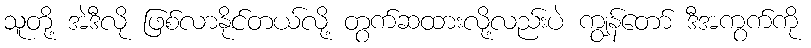
သူတို့ အဲဒီလို ဖြစ်လာနိုင်တယ်လို့ တွက်ဆထားလို့လည်းပဲ ကျွန်တော် ဒီအကွက်ကို